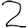
Digit: 2